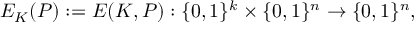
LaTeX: E _ { K } ( P ) : = E ( K , P ) : \{ 0 , 1 \} ^ { k } \times \{ 0 , 1 \} ^ { n } \rightarrow \{ 0 , 1 \} ^ { n } ,